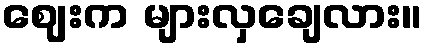
ဈေးက များလှချေလား။